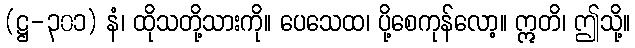
(ဋ္ဌ-၃၀၁) နံ၊ ထိုသတို့သားကို။ ပေသေထ၊ ပို့စေကုန်လော့။ ဣတိ၊ ဤသို့။